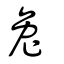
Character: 兔